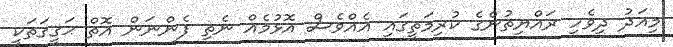
މިއަދު ދިވެހި ރައްޔިތުންގެ ކުރިމަތީގައި އެއްވެސް އޮޅުމެއް ނެތި ފެންނަން އޮތް ޙަޤީޤަތަކީ